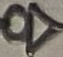
Text: R7